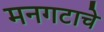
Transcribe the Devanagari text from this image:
मनगटाचे